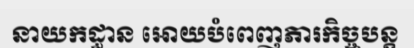
នាយកដ្ធាន អោយបំពេញភារកិច្ចបន្ត